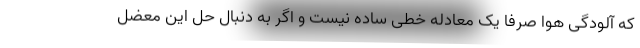
که آلودگی هوا صرفا یک معادله خطی ساده نیست و اگر به دنبال حل این معضل